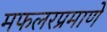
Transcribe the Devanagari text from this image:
मफलरप्रमाणे